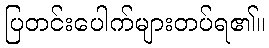
ပြတင်းပေါက်များတပ်ရ၏။